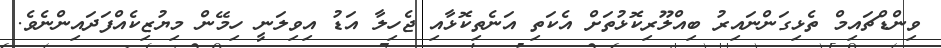
ވިންޑްޗައިމް ތެޅިގަންނައިރު ބިއްލޫރިކޮޅުތަށް އެކަތި އަނެތިކޮޅާއި ޖެހިލާ އަޑު އިވިލަނީ ހިމޭން މިޔުޒިކެއްފަދައިންނެވެ.